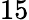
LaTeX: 15